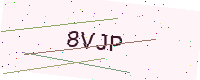
Text: 8VJP